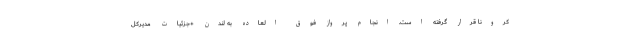
کرونا قرار گرفته است. انجام پرواز فوق العاده به لندن +جزئیات مدیرکل